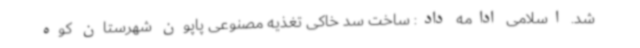
شد. اسلامی ادامه داد: ساخت سد خاکی تغذیه مصنوعی پاپون شهرستان کوه